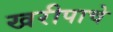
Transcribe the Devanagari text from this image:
खरीपाचे